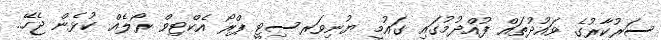
ސަރުކާރުގެ ވައުދުތައް ފުއްދުމުގައި ގައުމީ ޔުނިވަރސިޓީ ޕްރޯ އެކްޓިވް ރޯލެއް ކުޅެން ޖެހޭ..